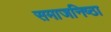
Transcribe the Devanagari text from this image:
समाजनिष्ठा